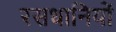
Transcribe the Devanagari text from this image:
रसधानियों